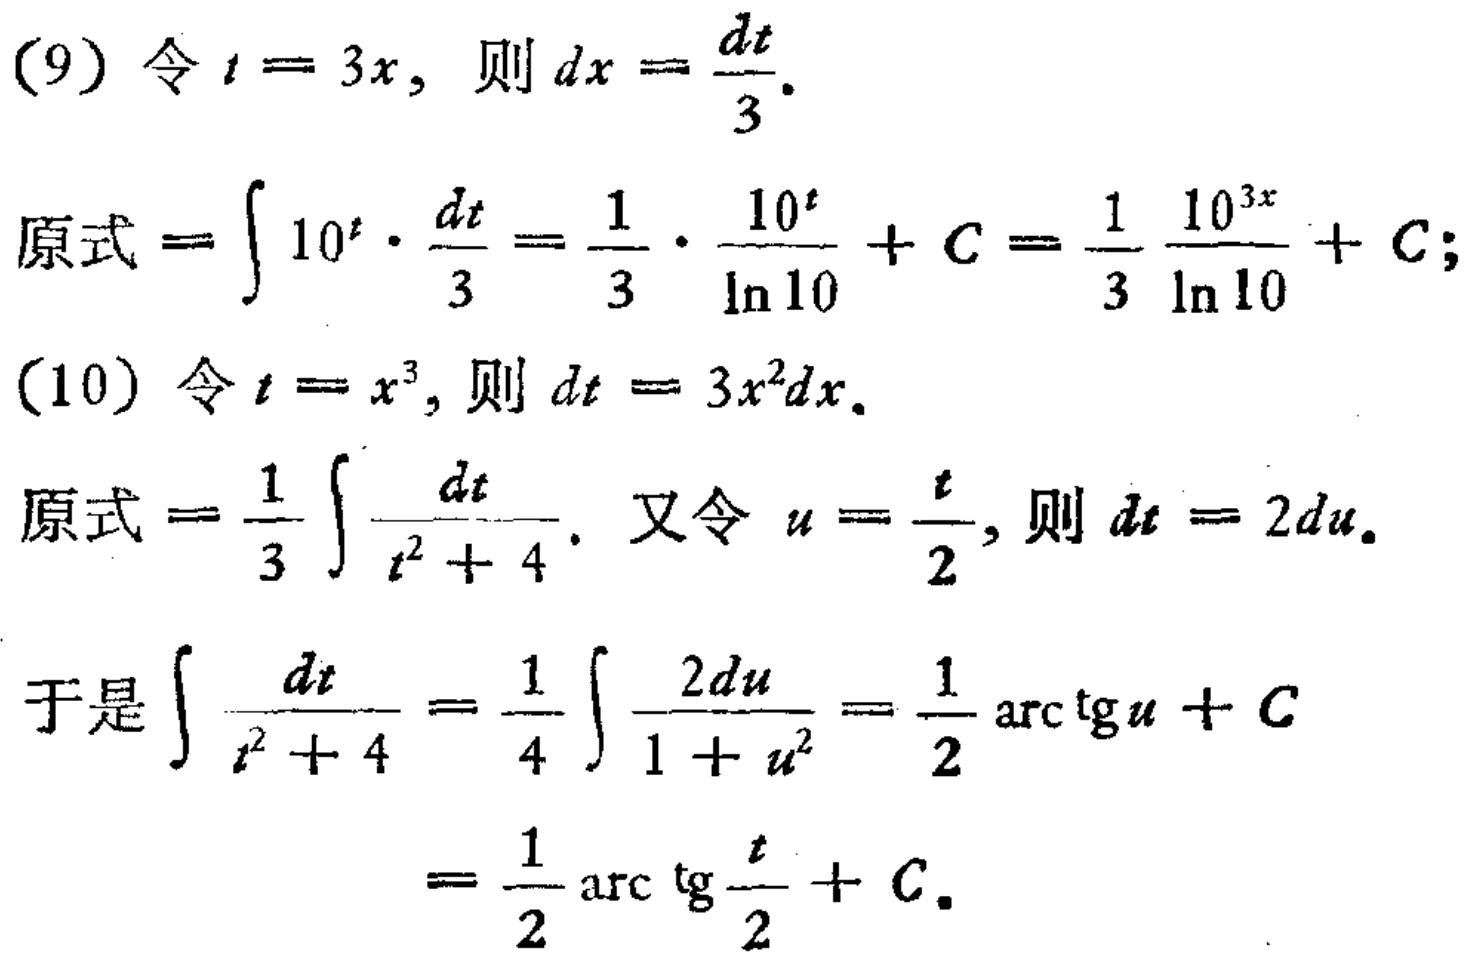
(9) 令 \(t = 3x\)，则 \(dx=\frac{dt}{3}\)。
原式\(=\int 10^{t}\cdot\frac{dt}{3}=\frac{1}{3}\cdot\frac{10^{t}}{\ln 10}+C=\frac{1}{3}\frac{10^{3x}}{\ln 10}+C\)；
(10) 令 \(t = x^{3}\)，则 \(dt = 3x^{2}dx\)。
原式\(=\frac{1}{3}\int\frac{dt}{t^{2}+4}\)。又令 \(u=\frac{t}{2}\)，则 \(dt = 2du\)。
于是\(\int\frac{dt}{t^{2}+4}=\frac{1}{4}\int\frac{2du}{1 + u^{2}}=\frac{1}{2}\arctan u+C\)
\(=\frac{1}{2}\arctan\frac{t}{2}+C\)。